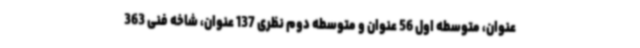
عنوان، متوسطه اول 56 عنوان و متوسطه دوم نظری 137 عنوان، شاخه فنی 363